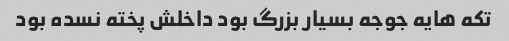
تکه هایه جوجه بسیار بزرگ بود داخلش پخته نسده بود